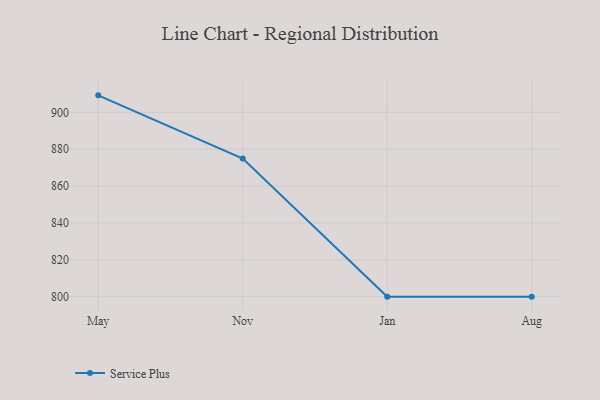
{"axis": {"x": "Month", "y": "Market Share (%)"}, "legend": ["Service Plus"], "data": [{"x": "May", "y": 909.2, "type": "Service Plus"}, {"x": "Nov", "y": 874.9, "type": "Service Plus"}, {"x": "Jan", "y": 800, "type": "Service Plus"}, {"x": "Aug", "y": 800, "type": "Service Plus"}]}